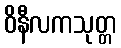
ဝိနီလကသုတ္တ